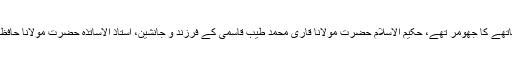
حضرت مولانا محمد سالم قاسمیؒ خاندانِ قاسمی کے چشم و چراغ اور اس عظیم خانوادہ کے ماتھے کا جھومر تھے، حکیم الاسلام حضرت مولانا قاری محمد طیب قاسمیؒ کے فرزند و جانشینؒ، استاذ الاساتذہ حضرت مولانا حافظ محمد احمدؒ کے پوتے اور حجۃ الاسلام حضرت مولانا محمد قاسم نانوتویؒ کے پڑپوتے تھے۔